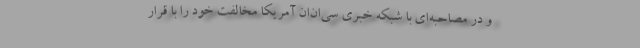
و در مصاحبه‌ای با شبکه خبری سی‌ان‌ان آمریکا مخالفت خود را با قرار